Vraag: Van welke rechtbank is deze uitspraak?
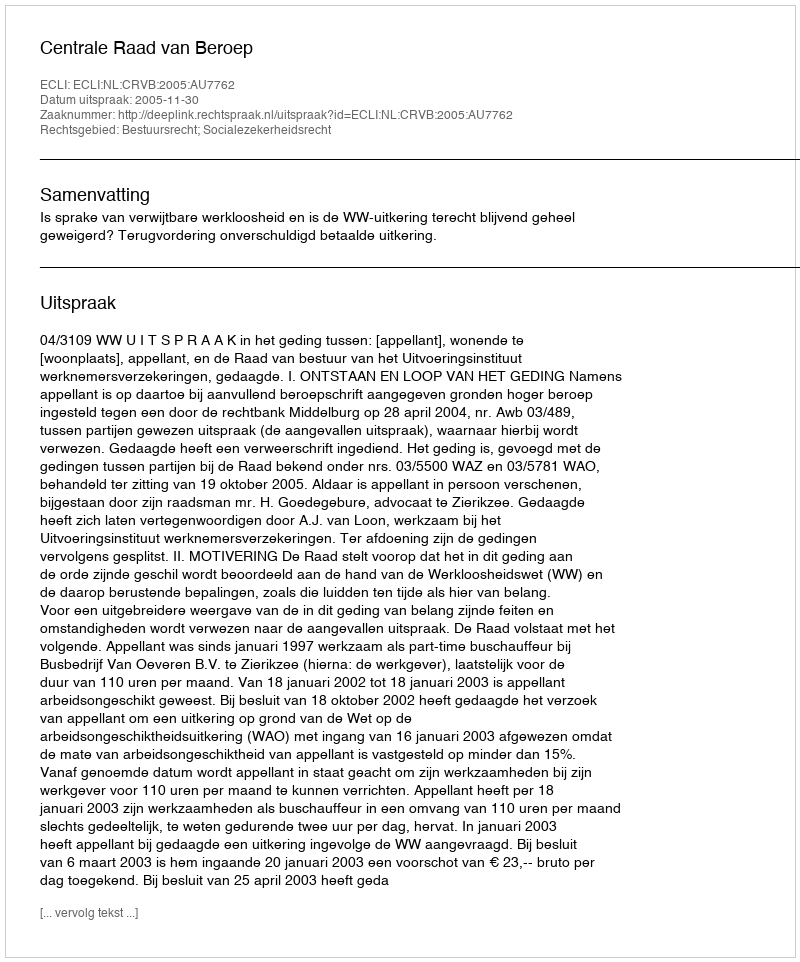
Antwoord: Centrale Raad van Beroep